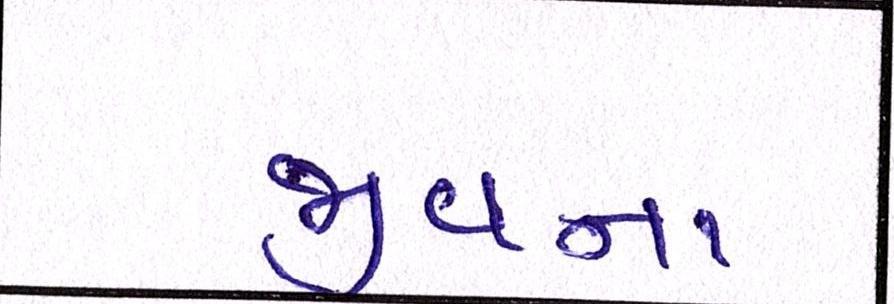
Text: જીવના